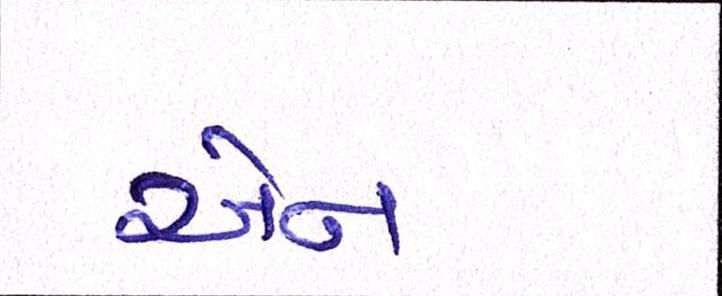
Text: એન